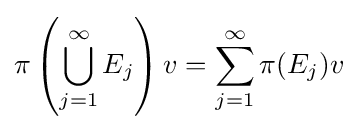
\pi \left(\bigcup _{j=1}^{\infty }E_{j}\right)v=\sum _{j=1}^{\infty }\pi (E_{j})v